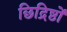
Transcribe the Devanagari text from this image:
छिद्रिष्ठों